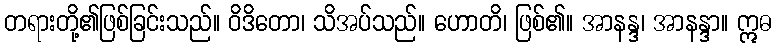
တရားတို့၏ဖြစ်ခြင်းသည်။ ဝိဒိတော၊ သိအပ်သည်။ ဟောတိ၊ ဖြစ်၏။ အာနန္ဒ၊ အာနန္ဒာ။ ဣဓ